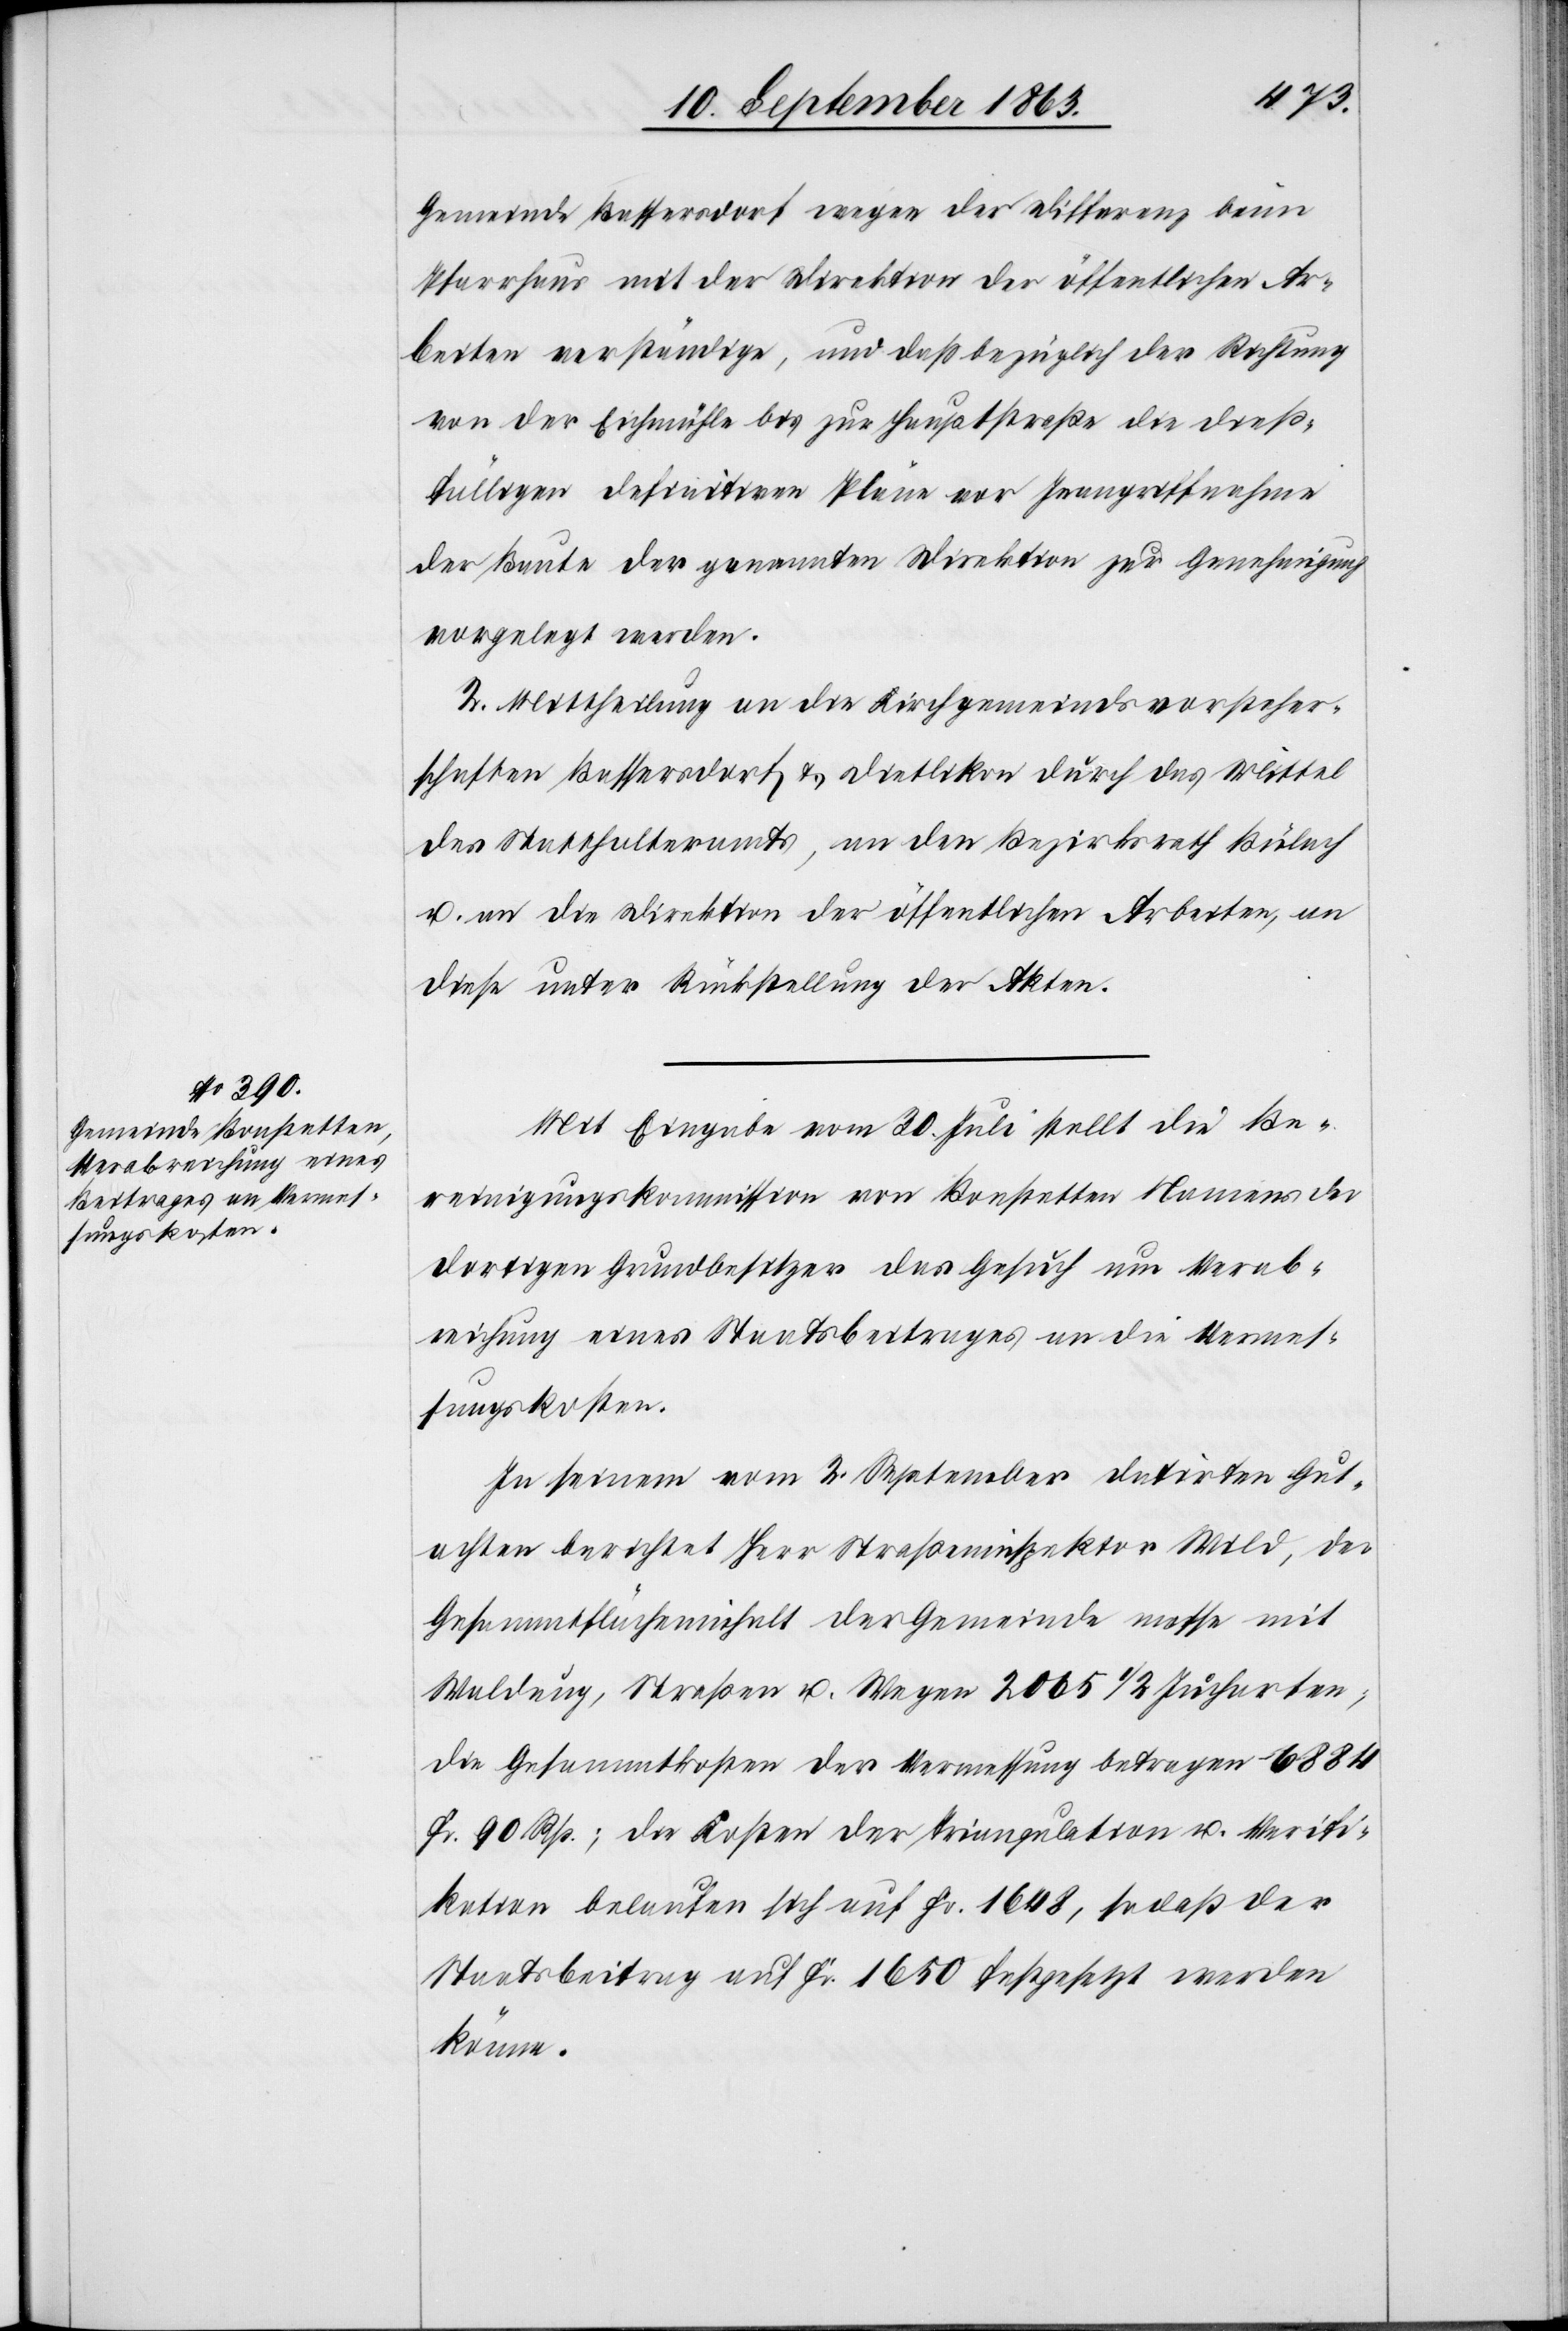
sungskosten.

Gemeinde Bassersdorf wegen der Differenz beim
Pfarrhaus mit der Direktion der öffentlichen Ar¬
beiten verständige, und daß bezüglich der Richtung
von der Eichmühle bis zur Hauptstraße die dieß¬
fälligen definitiven Pläne vor Inangriffnahme
der Baute der genannten Direktion zur Genehmigung
vorgelegt werden.
2. Mittheilung an die Kirchgemeindsvorsteher¬
schaften Bassersdorf & Dietlikon durch das Mittel
des Statthalteramtes, an den Bezirksrath Bülach
u. an die Direktion der öffentlichen Arbeiten, an
diese unter Rückstellung der Akten.
Mit Eingabe vom 30. Juli stellt die Be¬
reinigungskommission von Bonstetten Namens der
dortigen Grundbesitzer das Gesuch um Verab¬
reichung eines Staatsbeitrages an die Vermes¬
In seinem vom 2. September datirten Gut¬
achten berichtet Herr Straßeninspektor Wild, der
Gesammtflächeninhalt der Gemeinde messe mit
Waldung, Straßen u. Wegen 2065 1/2 Jucharten;
die Gesammtkosten der Vermessung betragen 6884
Fr. 90 Rp.; die Kosten der Trianqulation u. Verifi¬
kation belaufen sich auf Fr. 1648, sodaß der
Staatsbeitrag auf Fr. 1650 festgesetzt werden
könne.